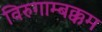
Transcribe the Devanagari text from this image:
विरुगाम्बक्कम